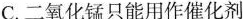
C.二氧化锰只能用作催化剂